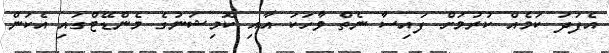
އެފަދަ ކަމެއް ކުރުމަށް ފައިސާ ނެތް ވާހަކަ އާއި ކޮމިޝަނުގެ މެންޑޭޓްގައި އެކަން